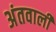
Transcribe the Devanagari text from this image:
अंतवाली